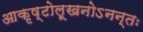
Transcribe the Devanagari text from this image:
आकृष्टोलूखनोऽनन्तः